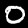
Digit: 0